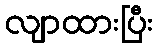
လျာထားပြီး